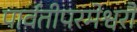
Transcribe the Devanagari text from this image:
पार्वतीपरमेश्वरौ